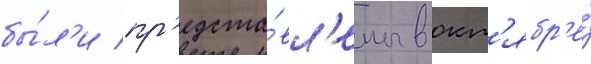
бы́л'и пр'едста́вл'ены в окт'ябр'е́